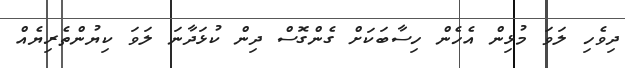
ދިވެހި ލަވަ މުޅިން އެހެން ހިސާބަކަށް ގެންގޮސް ދިން ކުޅަދާނަ ލަވަ ކިޔުންތެރިޔެއް